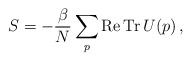
\begin{align*}S = - \frac{\beta}{N} \sum_{p} {\rm Re\,Tr}\,U(p)\,,\end{align*}